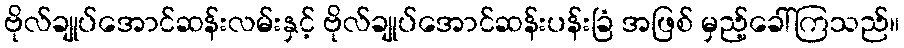
ဗိုလ်ချုပ်အောင်ဆန်းလမ်းနှင့် ဗိုလ်ချုပ်အောင်ဆန်းပန်းခြံ အဖြစ် မှည့်ခေါ်ကြသည်။